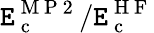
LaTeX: \mathtt{E}_{\mathrm{{~c~}}}^{\mathrm{{~M~P~2~}}}/\mathtt{E}_{\mathrm{{~c~}}}^{\mathrm{{~H~F~}}}